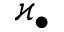
\varkappa _ { \bullet }